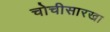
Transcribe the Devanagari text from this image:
चोचीसारखा